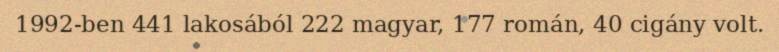
1992-ben 441 lakosából 222 magyar, 177 román, 40 cigány volt.